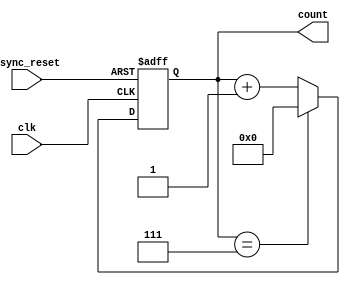
module mod_n_async_counter #(
    parameter N = 8 // Change this value to set the maximum count (N)
)(
    input wire clk,          // Trigger input for counting
    input wire async_reset,  // Asynchronous reset input
    output reg [N-1:0] count // Output count value
);

    // Calculate the number of bits required for the counter
    localparam WIDTH = $clog2(N);

    // Asynchronous reset and counting logic
    always @(posedge clk or posedge async_reset) begin
        if (async_reset) begin
            count <= 0; // Reset count to 0
        end else begin
            if (count == (N - 1)) begin
                count <= 0; // Wrap around to 0
            end else begin
                count <= count + 1; // Increment count
            end
        end
    end

endmodule